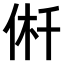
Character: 𠉟